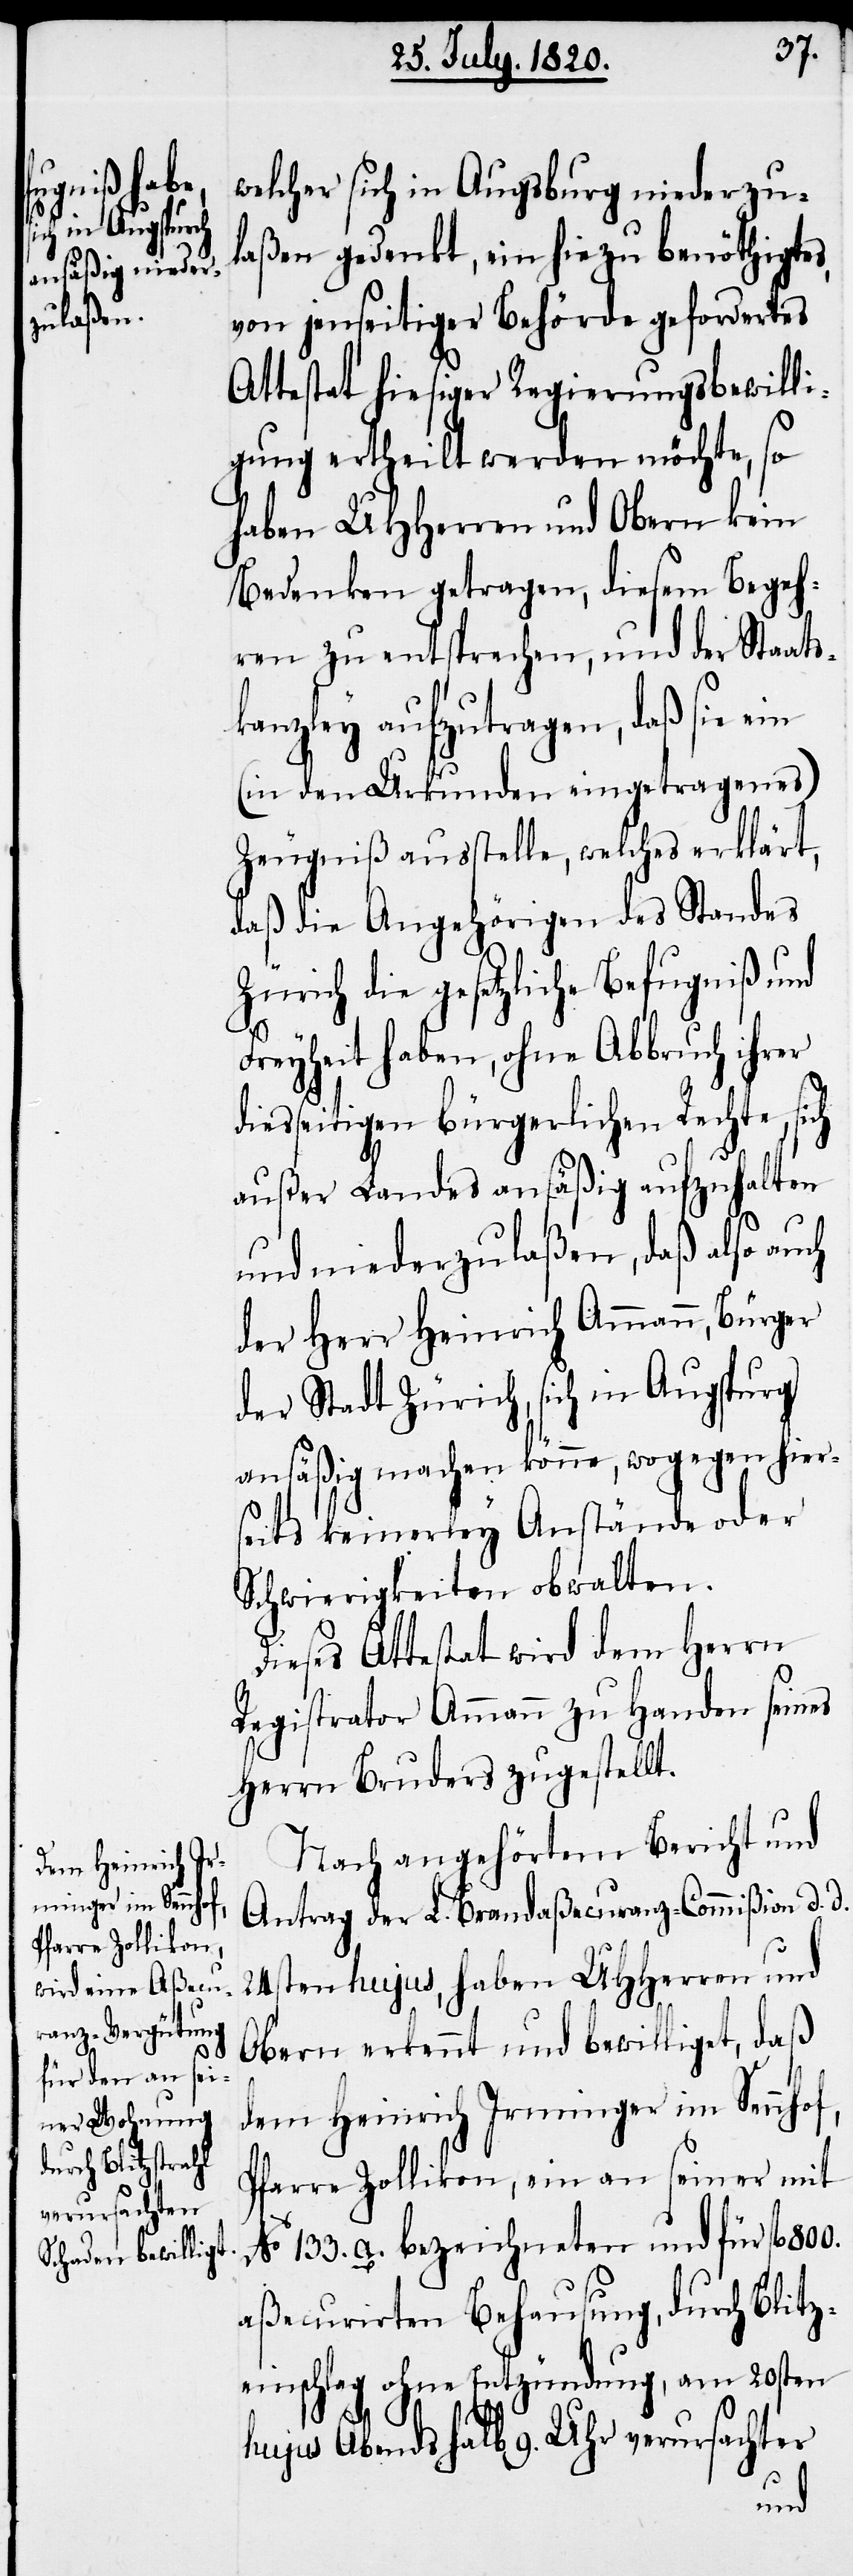
welcher s¬
ich in Augsburg
dem Heinrich Ir¬
minger im Sennhof,

laßen gedenkt, ein hiezu benöthigtes,
von jenseitiger Behörde gefordertes
Attestat hiesiger Regierungsbewilli¬
gung ertheilt werden möchte, so
haben UHHerren und Obern kein
Bedenken getragen, diesem Begeh¬
ren zu entsprechen, und der Staats¬
kanzley anzutragen, daß sie ein
(in den Urkunden eingetragenes)
Zeugniß ausstelle, welches erklärt,
daß die Angehörigen des Standes
Zürich die gesetzliche Befugniß und
Freyheit haben, ohne Abbruch ihrer
diesseitigen bürgerlichen Rechte, sich
außer Landes ansäßig aufzuhalten
und niederzulaßen, daß also auch
der Herr Heinrich Ammann, Bürger
der Stadt Zürich, sich in Augspurg
ansäßig machen könne, wogegen hier¬
seits keinerley Anstände oder
Schwierigkeiten obwalten.
Dieses Attestat wird dem Herrn
Registrator Ammann zu Handen seines
Herrn Bruders zugestellt.
Nach angehörtem Bericht und
Antrag der L. Brandaßecuranz-Commißion d.
24sten hujus, haben UHHerren und
Obern erkennt und bewilliget, daß
Pfarre Zollikon, ein an seiner mit
No 133. a. bezeichneten und für fl.
aßecurirten Behausung, durch Blitz¬
einschlag ohne Entzündung, am 20sten
d.
hujus Abends halb 9. Uhr verursachter